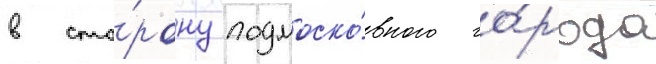
в сто́рону подмоско́вного го́рода